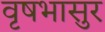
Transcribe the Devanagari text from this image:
वृषभासुर